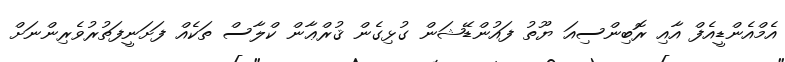
އެމްއެންޑީއެފް އާއި ރޮބިންސިއަ ޔޫތު ފައުންޑޭޝަން ގުޅިގެން ޤުރްޢާން ކްލާސް ތަކެއް ފަށަނީފަތުރުވެރިންނަށް